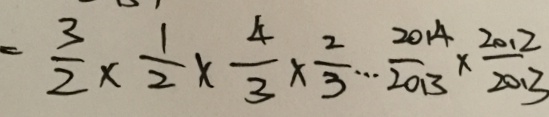
= \frac { 3 } { 2 } \times \frac { 1 } { 2 } \times \frac { 4 } { 3 } \times \frac { 2 } { 3 } \cdots \frac { 2 0 1 4 } { 2 0 1 3 } \times \frac { 2 0 1 2 } { 2 0 1 3 }